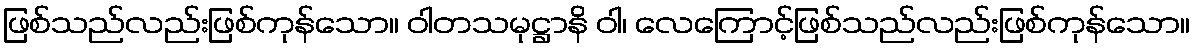
ဖြစ်သည်လည်းဖြစ်ကုန်သော။ ဝါတသမုဋ္ဌာနိ ဝါ၊ လေကြောင့်ဖြစ်သည်လည်းဖြစ်ကုန်သော။